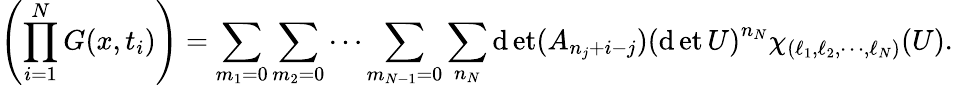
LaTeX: \left(\prod_{i=1}^{N}G(x,t_{i})\right)=\sum_{m_{1}=0}\sum_{m_{2}=0}\cdots\sum_{m_{N-1}=0}\sum_{n_{N}}\operatorname*{\mathrm{d}et}(A_{n_{j}+i-j})\left(\operatorname*{\mathrm{d}et}U\right)^{n_{N}}\chi_{(\ell_{1},\ell_{2},\cdots,\ell_{N})}(U).